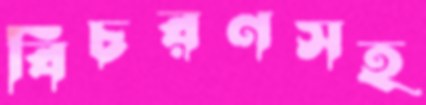
বিচরণসহ